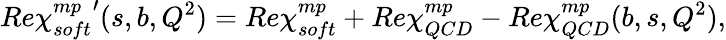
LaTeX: Re{\chi_{soft}^{mp}}^{\prime}(s,b,Q^{2})=Re\chi_{soft}^{mp}+Re\chi_{QCD}^{mp}-Re\chi_{QCD}^{mp}(b,s,Q^{2}),